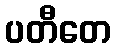
ပတီတေ